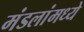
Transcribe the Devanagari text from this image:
मंडलांमध्ये